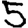
Digit: 5